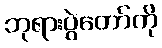
ဘုရားပွဲတော်ကို